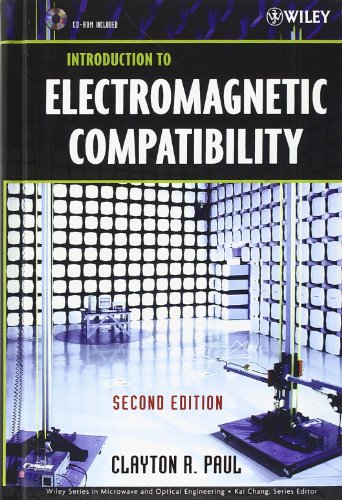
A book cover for Introduction to Electromagnetic Compatibility; Clayton R. Paul; Science & Math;